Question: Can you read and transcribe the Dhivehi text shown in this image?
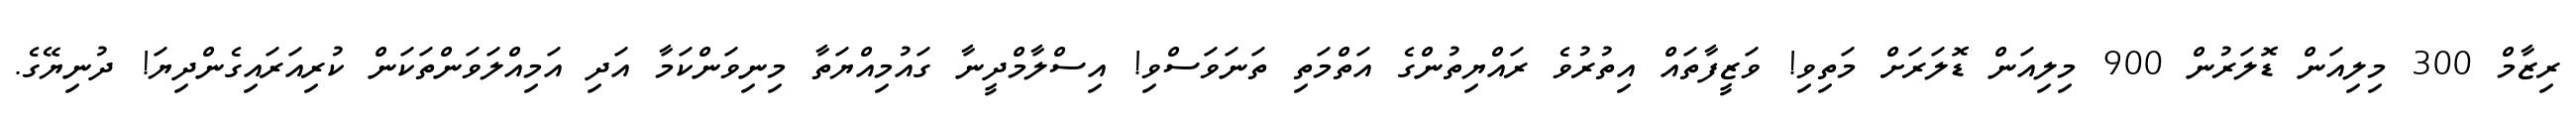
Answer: ރިޒާމް 300 މިލިއަން ޑޮލަރުން 900 މިލިއަން ޑޮލަރަށް މަތިވި! ވަޒީފާތައް އިތުރުވެ ރައްޔިތުންގެ އަތްމަތި ތަނަވަސްވި! އިސްލާމްދީނާ ގައުމިއްޔަތާ މިނިވަންކަމާ އަދި އަމިއްލަވަންތަކަން ކުރިއަރައިގެންދިޔަ! ދުނިޔޭގެ.